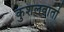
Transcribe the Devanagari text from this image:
कुशलवार्ता